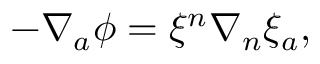
\begin{array} { r } { - \nabla _ { a } \phi = \xi ^ { n } \nabla { } _ { n } \xi _ { a } , } \end{array}